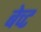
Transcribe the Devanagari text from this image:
बेच्ट